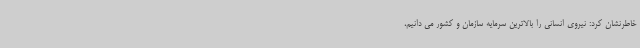
خاطرنشان کرد: نیروی انسانی را بالاترین سرمایه سازمان و کشور می دانیم،